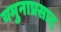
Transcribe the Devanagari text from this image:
यमुनाप्रसाद